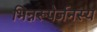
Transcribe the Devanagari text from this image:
भिन्नरूपेर्जनस्य